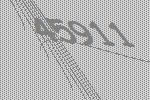
45911